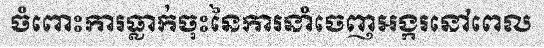
ចំពោះការធ្លាក់ចុះនៃការនាំចេញអង្ករនៅពេល